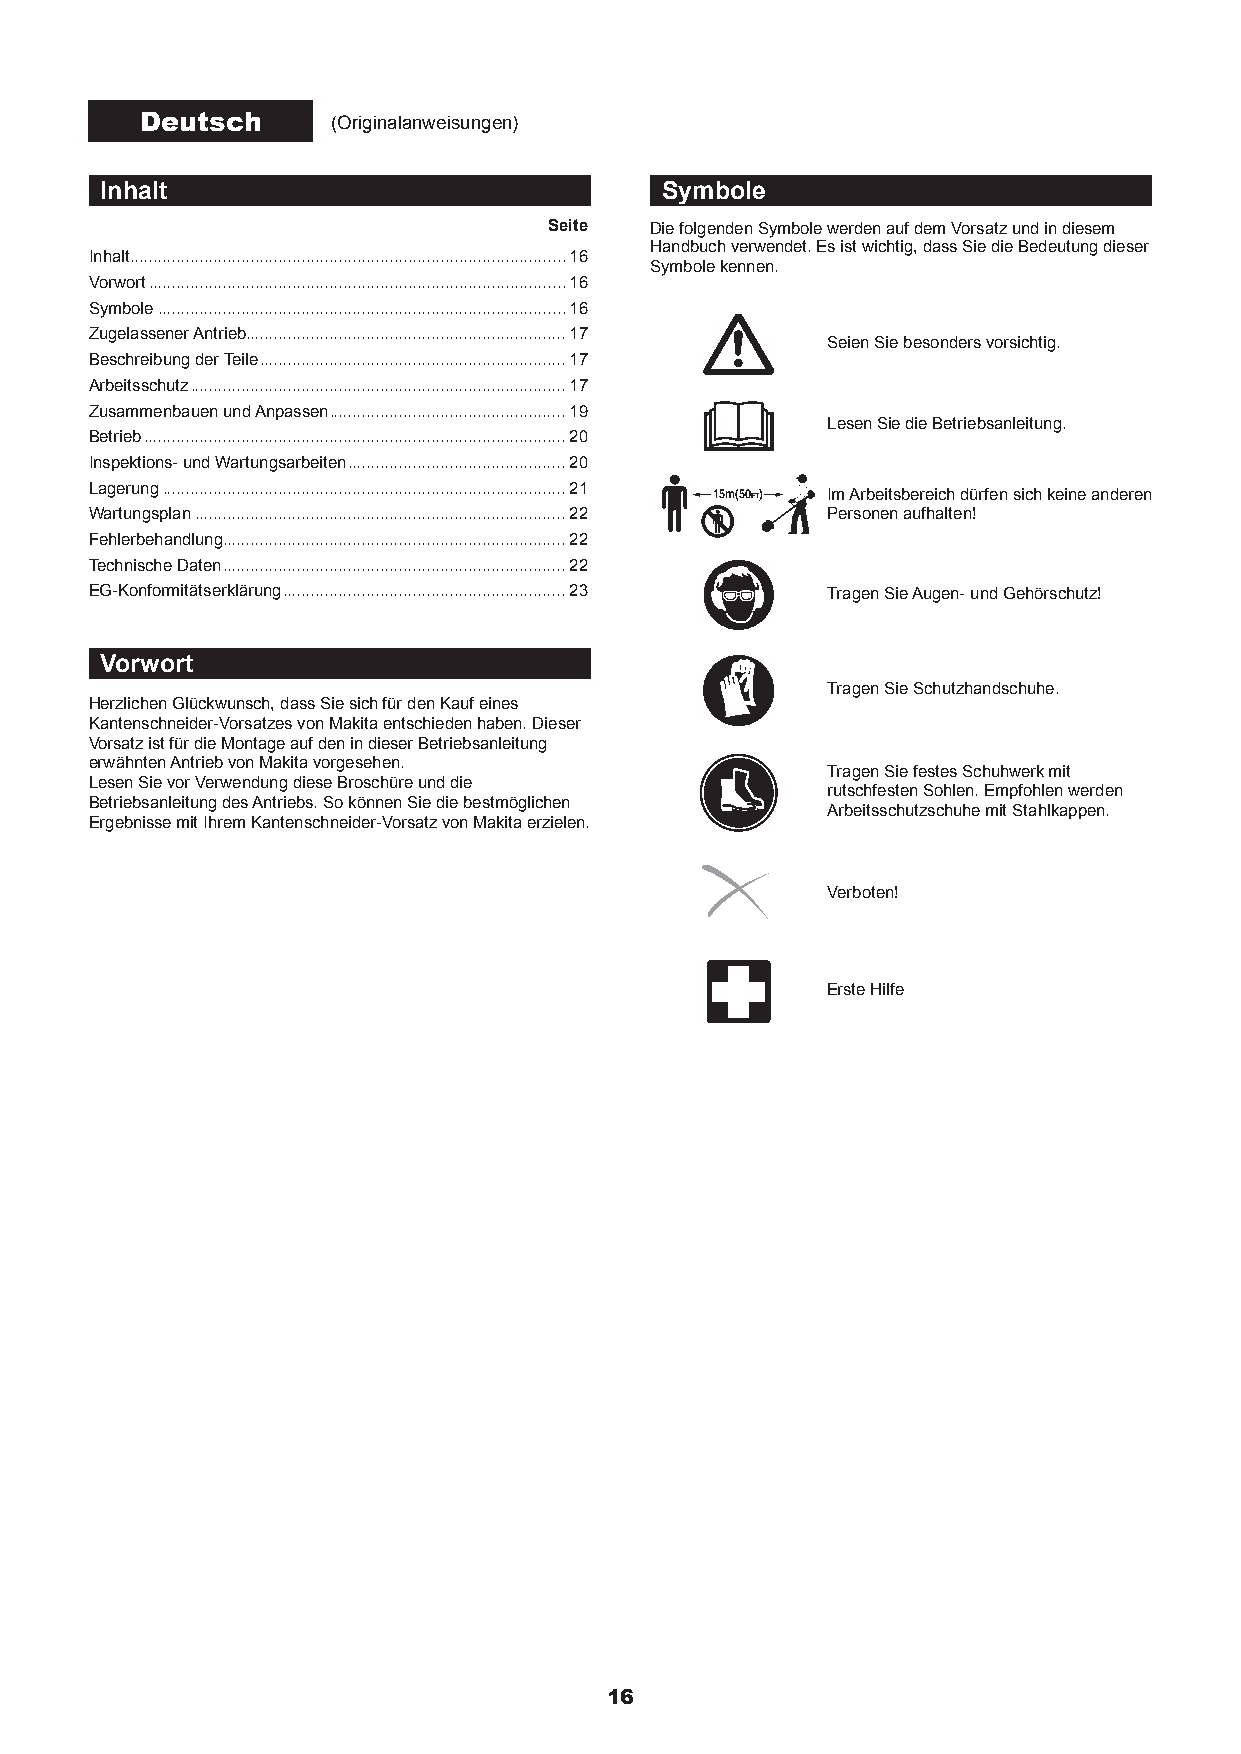
Deutsch      (Originalanweisungen)
 Inhalt                               Symbole
 Seite  Die folgenden Symbole werden auf dem Vorsatz und in diesem
 Handbuch verwendet. Es ist wichtig, dass Sie die Bedeutung dieser
 Inhalt ..............................................................................................16
 Symbole kennen.
 Vorwort ..........................................................................................16
 Symbole ........................................................................................16
 Zugelassener Antrieb.....................................................................17
 Seien Sie besonders vorsichtig.
 Beschreibung der Teile ..................................................................17
 Arbeitsschutz .................................................................................17
 Zusammenbauen und Anpassen ...................................................19
 Lesen Sie die Betriebsanleitung.
 Betrieb ...........................................................................................20
 Inspektions- und Wartungsarbeiten ...............................................20
 Lagerung .......................................................................................21 15m(50FT) Im Arbeitsbereich dürfen sich keine anderen
 Wartungsplan ................................................................................22 Personen aufhalten!
 Fehlerbehandlung..........................................................................22
 Technische Daten ..........................................................................22
 EG-Konformitätserklärung .............................................................23 Tragen Sie Augen- und Gehörschutz!
 Vorwort
 Tragen Sie Schutzhandschuhe.
 Herzlichen Glückwunsch, dass Sie sich für den Kauf eines
 Kantenschneider-Vorsatzes von Makita entschieden haben. Dieser
 Vorsatz ist für die Montage auf den in dieser Betriebsanleitung
 erwähnten Antrieb von Makita vorgesehen.
 Tragen Sie festes Schuhwerk mit
 Lesen Sie vor Verwendung diese Broschüre und die
 rutschfesten Sohlen. Empfohlen werden
 Betriebsanleitung des Antriebs. So können Sie die bestmöglichen
 Arbeitsschutzschuhe mit Stahlkappen.
 Ergebnisse mit Ihrem Kantenschneider-Vorsatz von Makita erzielen.
 Verboten!
 Erste Hilfe
 16